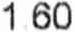
1.60